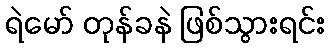
ရဲမော် တုန်ခနဲ ဖြစ်သွားရင်း